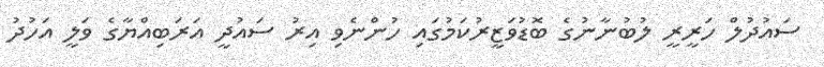
ސައުދުލް ހަރީރީ ލުބުނާނުގެ ބޮޑުވަޒީރުކަމުގައި ހުންނެވި އިރު ސައުދީ އަރަބިއްޔާގެ ވަލީ އަހުދު